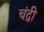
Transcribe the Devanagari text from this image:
चंद्री